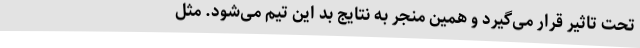
تحت تاثیر قرار می‌گیرد و همین منجر به نتایج بد این تیم می‌شود. مثل